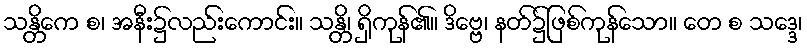
သန္တိကေ စ၊ အနီး၌လည်းကောင်း။ သန္တိ၊ ရှိကုန်၏။ ဒိဗ္ဗေ၊ နတ်၌ဖြစ်ကုန်သော။ တေ စ သဒ္ဒေ၊